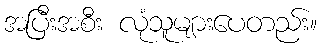
အပြီးအစီး လုံသူများပေတည်း။